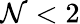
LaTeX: \mathcal{N}<2